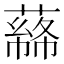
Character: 𦼡